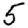
Digit: 5